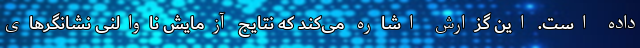
داده است. این گزارش اشاره می‌کند که نتایج آزمایش ناوالنی نشانگرهای